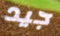
جيد